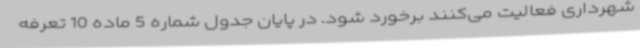
شهرداری فعالیت می‌کنند برخورد شود. در پایان جدول شماره 5 ماده 10 تعرفه